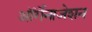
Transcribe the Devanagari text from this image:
ऑर्गेनाजेशन